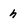
Character: h